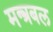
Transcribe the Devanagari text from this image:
मन्त्रबल